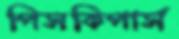
পিসকিপার্স